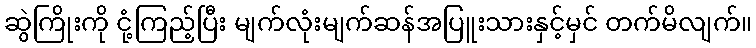
ဆွဲကြိုးကို ငုံ့ကြည့်ပြီး မျက်လုံးမျက်ဆန်အပြူးသားနှင့်မှင် တက်မိလျက်။